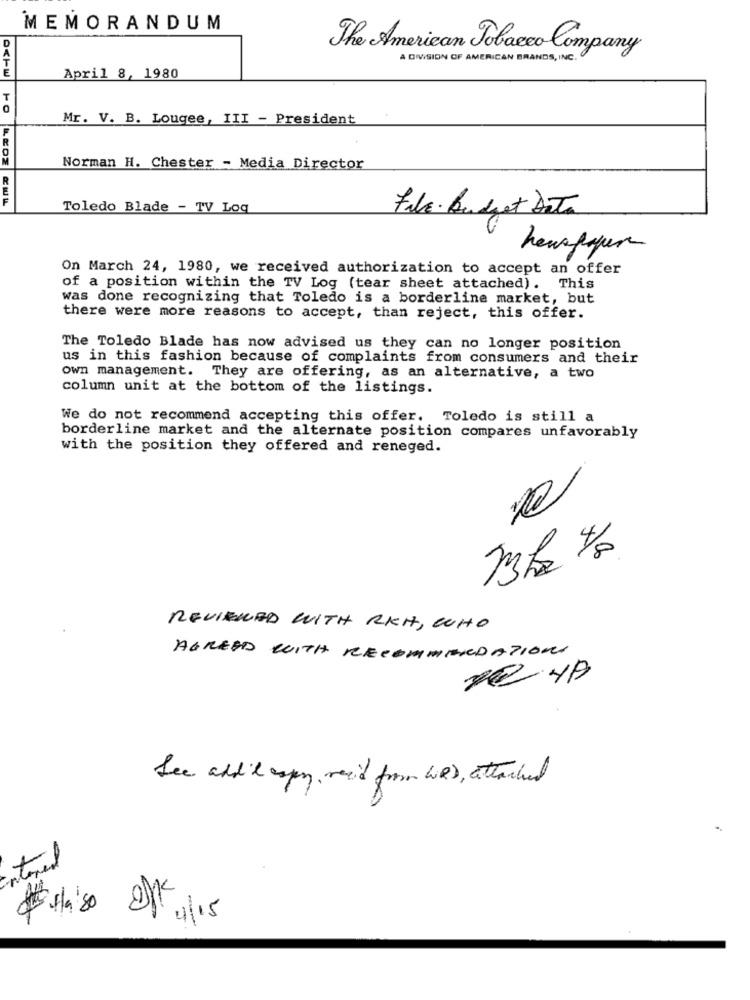
MEMORANDUM
The American Tobacco Company
A DIVISION OF AMERICAN BRANDS , INC.
April 8, 1980
Mr. V. B. Lougee, III - President
Norman H. Chester - Media Director
R
Toledo Blade - TV Loq
File . budget Data
On March 24, 1980, we received authorization to accept an offer
of a position within the TV Log (tear sheet attached). This
was done recognizing that Toledo is a borderline market, but
there were more reasons to accept, than reject, this offer.
The Toledo Blade has now advised us they can no longer position
us in this fashion because of complaints from consumers and their
own management. They are offering, as an alternative, a two
column unit at the bottom of the listings.
We do not recommend accepting this offer. Toledo is still a
borderline market and the alternate position compares unfavorably
with the position they offered and reneged.
REVIEWED WITH RKI, WHO
AGREED WITH RECOMMENDATIONS
fee add & copy, resid from WIRD, attached
intered